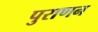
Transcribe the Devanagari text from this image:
पुराणन